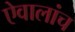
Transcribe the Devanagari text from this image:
ऐवालांच